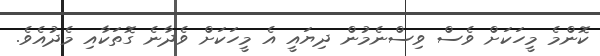
ކޮންމެ މީހަކަށް ވެސް ވިސްނެމުން ދިޔައީ އެ މީހަކަށް ވެދާނެ ގޮތަކާއި މެދުއެވެ.